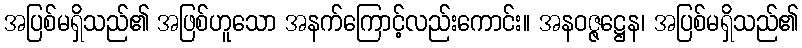
အပြစ်မရှိသည်၏ အဖြစ်ဟူသော အနက်ကြောင့်လည်းကောင်း။ အနဝဇ္ဇဋ္ဌေန၊ အပြစ်မရှိသည်၏